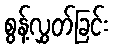
စွန့်လွှတ်ခြင်း